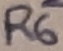
Text: R6